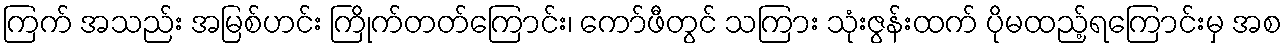
ကြက် အသည်း အမြစ်ဟင်း ကြိုက်တတ်ကြောင်း၊ ကော်ဖီတွင် သကြား သုံးဇွန်းထက် ပိုမထည့်ရကြောင်းမှ အစ